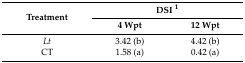
<table><thead><tr><td rowspan="2"><b>Treatment</b></td><td colspan="2"><b>DSI <sup>1</sup></b></td></tr><tr><td><b>4 Wpt</b></td><td><b>12 Wpt</b></td></tr></thead><tbody><tr><td><i>Lt</i></td><td>3.42 (b)</td><td>4.42 (b)</td></tr><tr><td>CT</td><td>1.58 (a)</td><td>0.42 (a)</td></tr></tbody></table>